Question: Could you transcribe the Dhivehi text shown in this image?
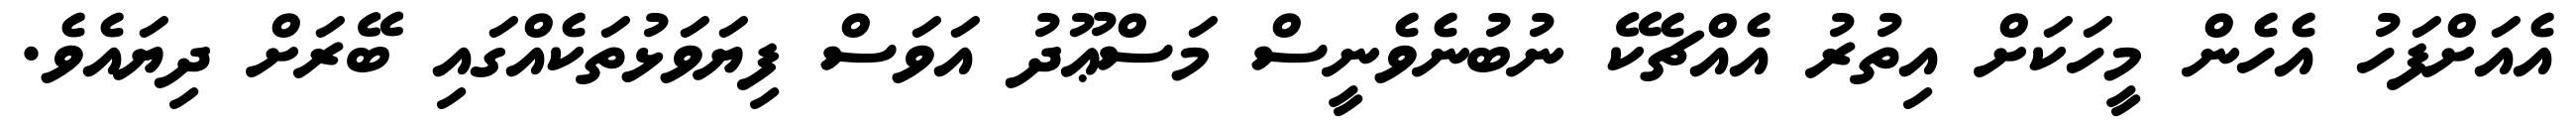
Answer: އެއަށްފަހު އެހެން މީހަކަށް އިތުރު އެއްޗެކޭ ނުބުނެވެނީސް މަސްޢޫދު އަވަސް ފިޔަވަޅުތަކެއްގައި ބޭރަށް ދިޔައެވެ.